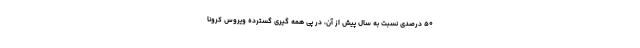
۵۰ درصدی نسبت به سال پیش از آن، در پی همه گیری گسترده ویروس کرونا